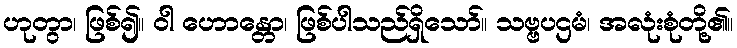
ဟုတွာ၊ ဖြစ်၍။ ဝါ ဟောန္တော၊ ဖြစ်ပါသည်ရှိသော်။ သဗ္ဗပဌမံ၊ အလုံးစုံတို့၏။